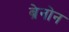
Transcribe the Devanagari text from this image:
ब्रेनोन